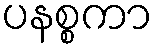
ပနစ္စကာ